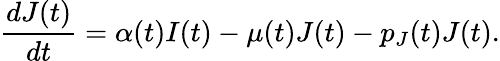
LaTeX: \frac{dJ(t)}{dt}=\alpha(t)I(t)-\mu(t)J(t)-p_{J}(t)J(t).